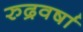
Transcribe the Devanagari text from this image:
रुद्रवर्षा